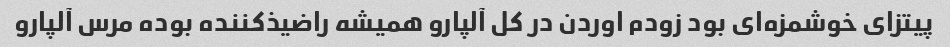
پیتزای خوشمزه‌ای بود زودم اوردن در کل آلپارو همیشه راضیذکننده بوده مرس آلپارو